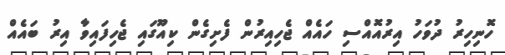
ހޮނިހިރު ދުވަހު އިރުއޮއްސި ހައެއް ޖެހިއިރުން ފެށިގެން ކިއޫގައި ޖެހިފައިވާ އިރު ބައެއް